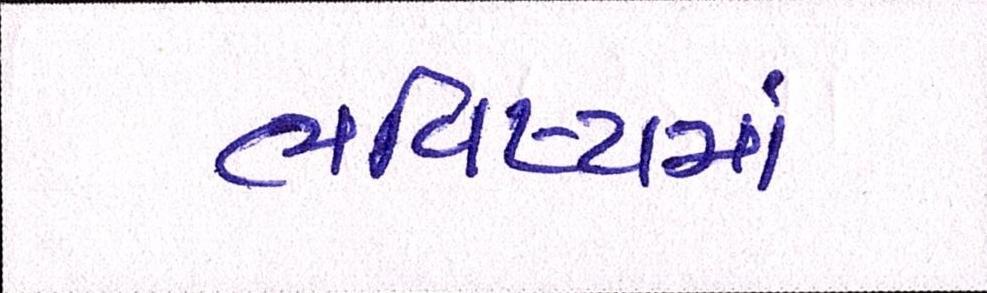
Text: ભવિષ્યમાં